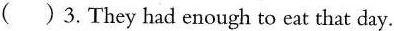
()3.They had enough to eat that day.